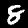
Label: 8